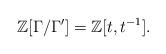
LaTeX: \begin{align*}\mathbb{Z}[\Gamma/\Gamma'] = \mathbb{Z}[t,t^{-1}].\end{align*}